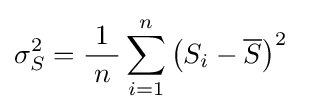
\sigma _{S}^{2}={\frac {\ 1\ }{n}}\sum _{i=1}^{n}\left(S_{i}-{\overline {S}}\right)^{2}~